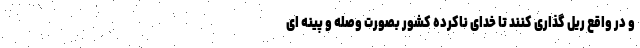
و در واقع ریل گذاری کنند تا خدای ناکرده کشور بصورت وصله و پینه ای